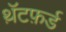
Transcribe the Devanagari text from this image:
थ़ॅटफ़र्ड